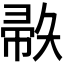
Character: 𫹅